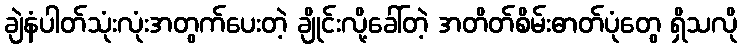
ချဲနံပါတ်သုံးလုံးအတွက်ပေးတဲ့ ချိုင်းလို့ခေါ်တဲ့ အတိတ်စိမ်းဓာတ်ပုံတွေ ရှိသလို